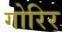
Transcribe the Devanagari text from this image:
गोरिर